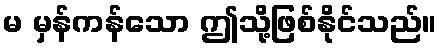
မ မှန်ကန်သော ဤသို့ဖြစ်နိုင်သည်။